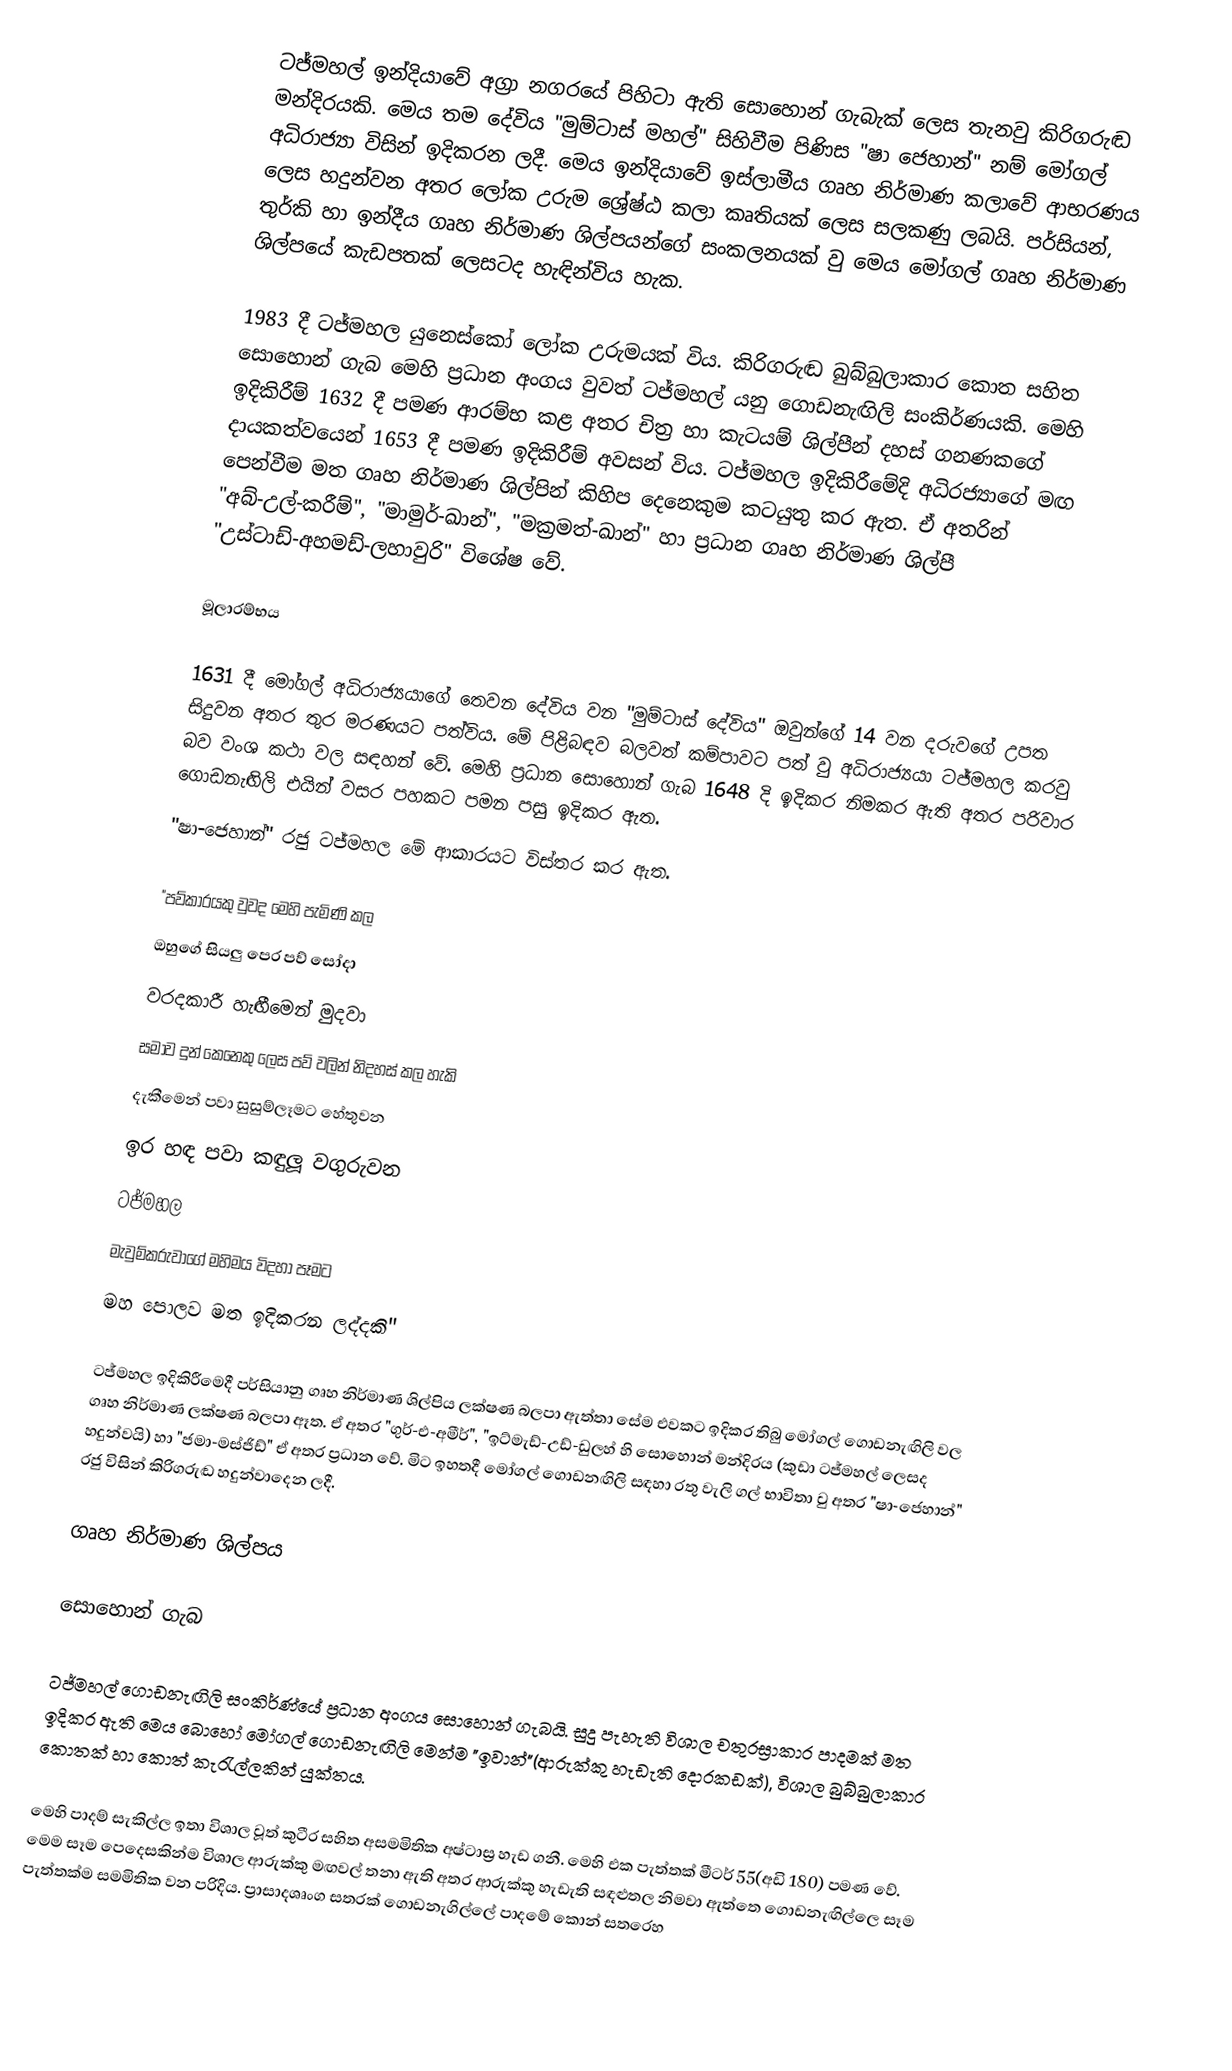
ටජ්මහල් ඉන්දියාවේ අග්‍රා නගරයේ පිහිටා ඇති සොහොන් ගැබැක් ලෙස තැනවු කිරිගරුඬ මන්දිරයකි. මෙය තම දේවිය "මුම්ටාස් මහල්" සිහිවීම පිණිස "ෂා ජෙහාන්" නම් මෝගල් අධිරාජ්‍යා විසින් ඉදිකරන ලදී. මෙය ඉන්දියාවේ ඉස්ලාමීය ගෘහ නිර්මාණ කලාවේ ආභරණය ලෙස හදුන්වන අතර ලෝක උරුම ශ්‍රේෂ්ඨ කලා කෘතියක් ලෙස සලකණු ලබයි. පර්සියන්, තුර්කි හා ඉන්දීය ගෘහ නිර්මාණ ශිල්පයන්ගේ සංකලනයක් වු මෙය මෝගල් ගෘහ නිර්මාණ ශිල්පයේ කැඩපතක් ලෙසටද හැඳින්විය හැක.

1983 දී ටජ්මහල යුනෙස්කෝ ලෝක උරුමයක් විය. කිරිගරුඬ බුබ්බුලාකාර කොත සහිත සොහොන් ගැබ මෙහි ප්‍රධාන අංගය වුවත් ටජ්මහල් යනු ගොඩනැඟිලි සංකිර්ණයකි. මෙහි ඉදිකිරීම් 1632 දී පමණ ආරම්භ කළ අතර චිත්‍ර හා කැටයම් ශිල්පීන් දහස් ගනණකගේ දායකත්වයෙන් 1653 දී පමණ ඉදිකිරීම් අවසන් විය. ටජ්මහල ඉදිකිරීමේදි අධිරජ්‍යාගේ මඟ පෙන්වීම මත ගෘහ නිර්මාණ ශිල්පින් කිහිප දෙනෙකුම කටයුතු කර ඇත. ඒ අතරින් "අබ්-උල්-කරීම්", "මාමුර්-ඛාන්", "මක්‍රමත්-ඛාන්" හා ප්‍රධාන ගෘහ නිර්මාණ ශිල්පී "උස්ටාඩ්-අහමඩ්-ලහාවුරි" විශේෂ වේ.

මූලාරම්භය

1631 දී මෝගල් අධිරාජ්‍යයාගේ තෙවන දේවිය වන "මුම්ටාස් දේවිය" ඔවුන්ගේ 14 වන දරුවගේ උපත සිදුවන අතර තුර මරණයට පත්විය. මේ පිළිබඳව බලවත් කම්පාවට පත් වු අධිරාජ්‍යයා ටජ්මහල කරවු බව වංශ කථා වල සඳහන් වේ. මෙහි ප්‍රධාන සොහොන් ගැබ 1648 දි ඉදිකර නිමකර ඇති අතර පරිවාර ගොඩනැඟිලි එයින් වසර පහකට පමන පසු ඉදිකර ඇත.
"ෂා-ජෙහාන්" රජු ටජ්මහල මේ ආකාරයට විස්තර කර ඇත.

"පව්කාරයකු වුවද මෙහි පැමිණි කල
ඔහුගේ සියලු පෙර පව් සෝදා
වරදකාරී හැඟීමෙන් මුදවා
සමාව දුන් කෙනෙකු ලෙස පව් වලින් නිදහස් කල හැකි
දැකීමෙන් පවා සුසුම්ලෑමට හේතුවන
ඉර හඳ පවා කඳුලූ වගුරුවන
ටජ්මහල
මැවුම්කරුවාගේ මහිමය විදහා පෑමට
මහ පොලව මත ඉදිකරන ලද්දකි"

ටජ්මහල ඉදිකිරීමෙදී පර්සියානු ගෘහ නිර්මාණ ශිල්පිය ලක්ෂණ බලපා ඇත්තා සේම එවකට ඉදිකර තිබු මෝගල් ගොඩනැඟිලි වල ගෘහ නිර්මාණ ලක්ෂණ බලපා ඈත. ඒ අතර "ගුර්-එ-අමීර්", "ඉට්මැඩ්-උඩ්-ඩුලහ් හි සොහොන් මන්දිරය (කුඩා ටජ්මහල් ලෙසද හදුන්වයි) හා "ජමා-මස්ජිඩ්" ඒ අතර ප්‍රධාන වේ. මිට ඉහතදී මෝගල් ගොඩනඟිලි සඳහා රතු වැලි ගල් භාවිතා වු අතර "ෂා-ජෙහාන්" රජු විසින් කිරිගරුඬ හදුන්වාදෙන ලදී.

ගෘහ නිර්මාණ ශිල්පය

සොහොන් ගැබ

ටජ්මහල් ගොඩනැඟිලි සංකිර්ණ්යේ ප්‍රධාන අංගය සොහොන් ගැබයි. සුදු පැහැති විශාල චතුරස්‍රාකාර පාදමක් මත ඉදිකර ඇති මෙය බොහෝ මෝගල් ගොඩනැඟිලි මෙන්ම "ඉවාන්"(ආරුක්කු හැඩැති දොරකඩක්), විශාල බුබ්බුලාකාර කොතක් හා කොත් කැරැල්ලකින් යුක්තය.

මෙහි පාදම් සැකිල්ල ඉතා විශාල වූත් කුටීර සහිත අසමමිතික අෂ්ටාස්‍ර හැඩ ගනී. මෙහි එක පැත්තක් මීටර් 55(අඩි 180) පමණ වේ. මෙම සෑම පෙදෙසකින්ම විශාල ආරුක්කු මඟවල් තනා ඇති අතර ආරුක්කු හැඩැති සඳළුතල නිමවා ඇත්තෙ ගොඩනැඟිල්ලෙ සෑම පැත්තක්ම සමමිතික වන පරිදිය. ප්‍රාසාදශෘංග සතරක් ගොඩනැගිල්ලේ පාදමේ කොන් සතරෙහ